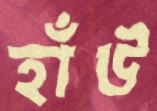
হাঁউ